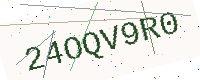
Text: 24OQV9R0